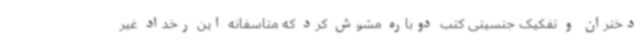
دختران و تفکیک جنسیتی کتب دوباره مشوش کرد که متاسفانه این رخداد غیر